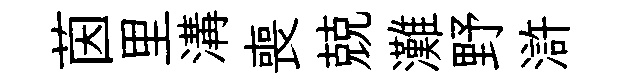
茵里溝喪兢灘野滸